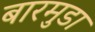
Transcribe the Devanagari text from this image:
बारमुडा